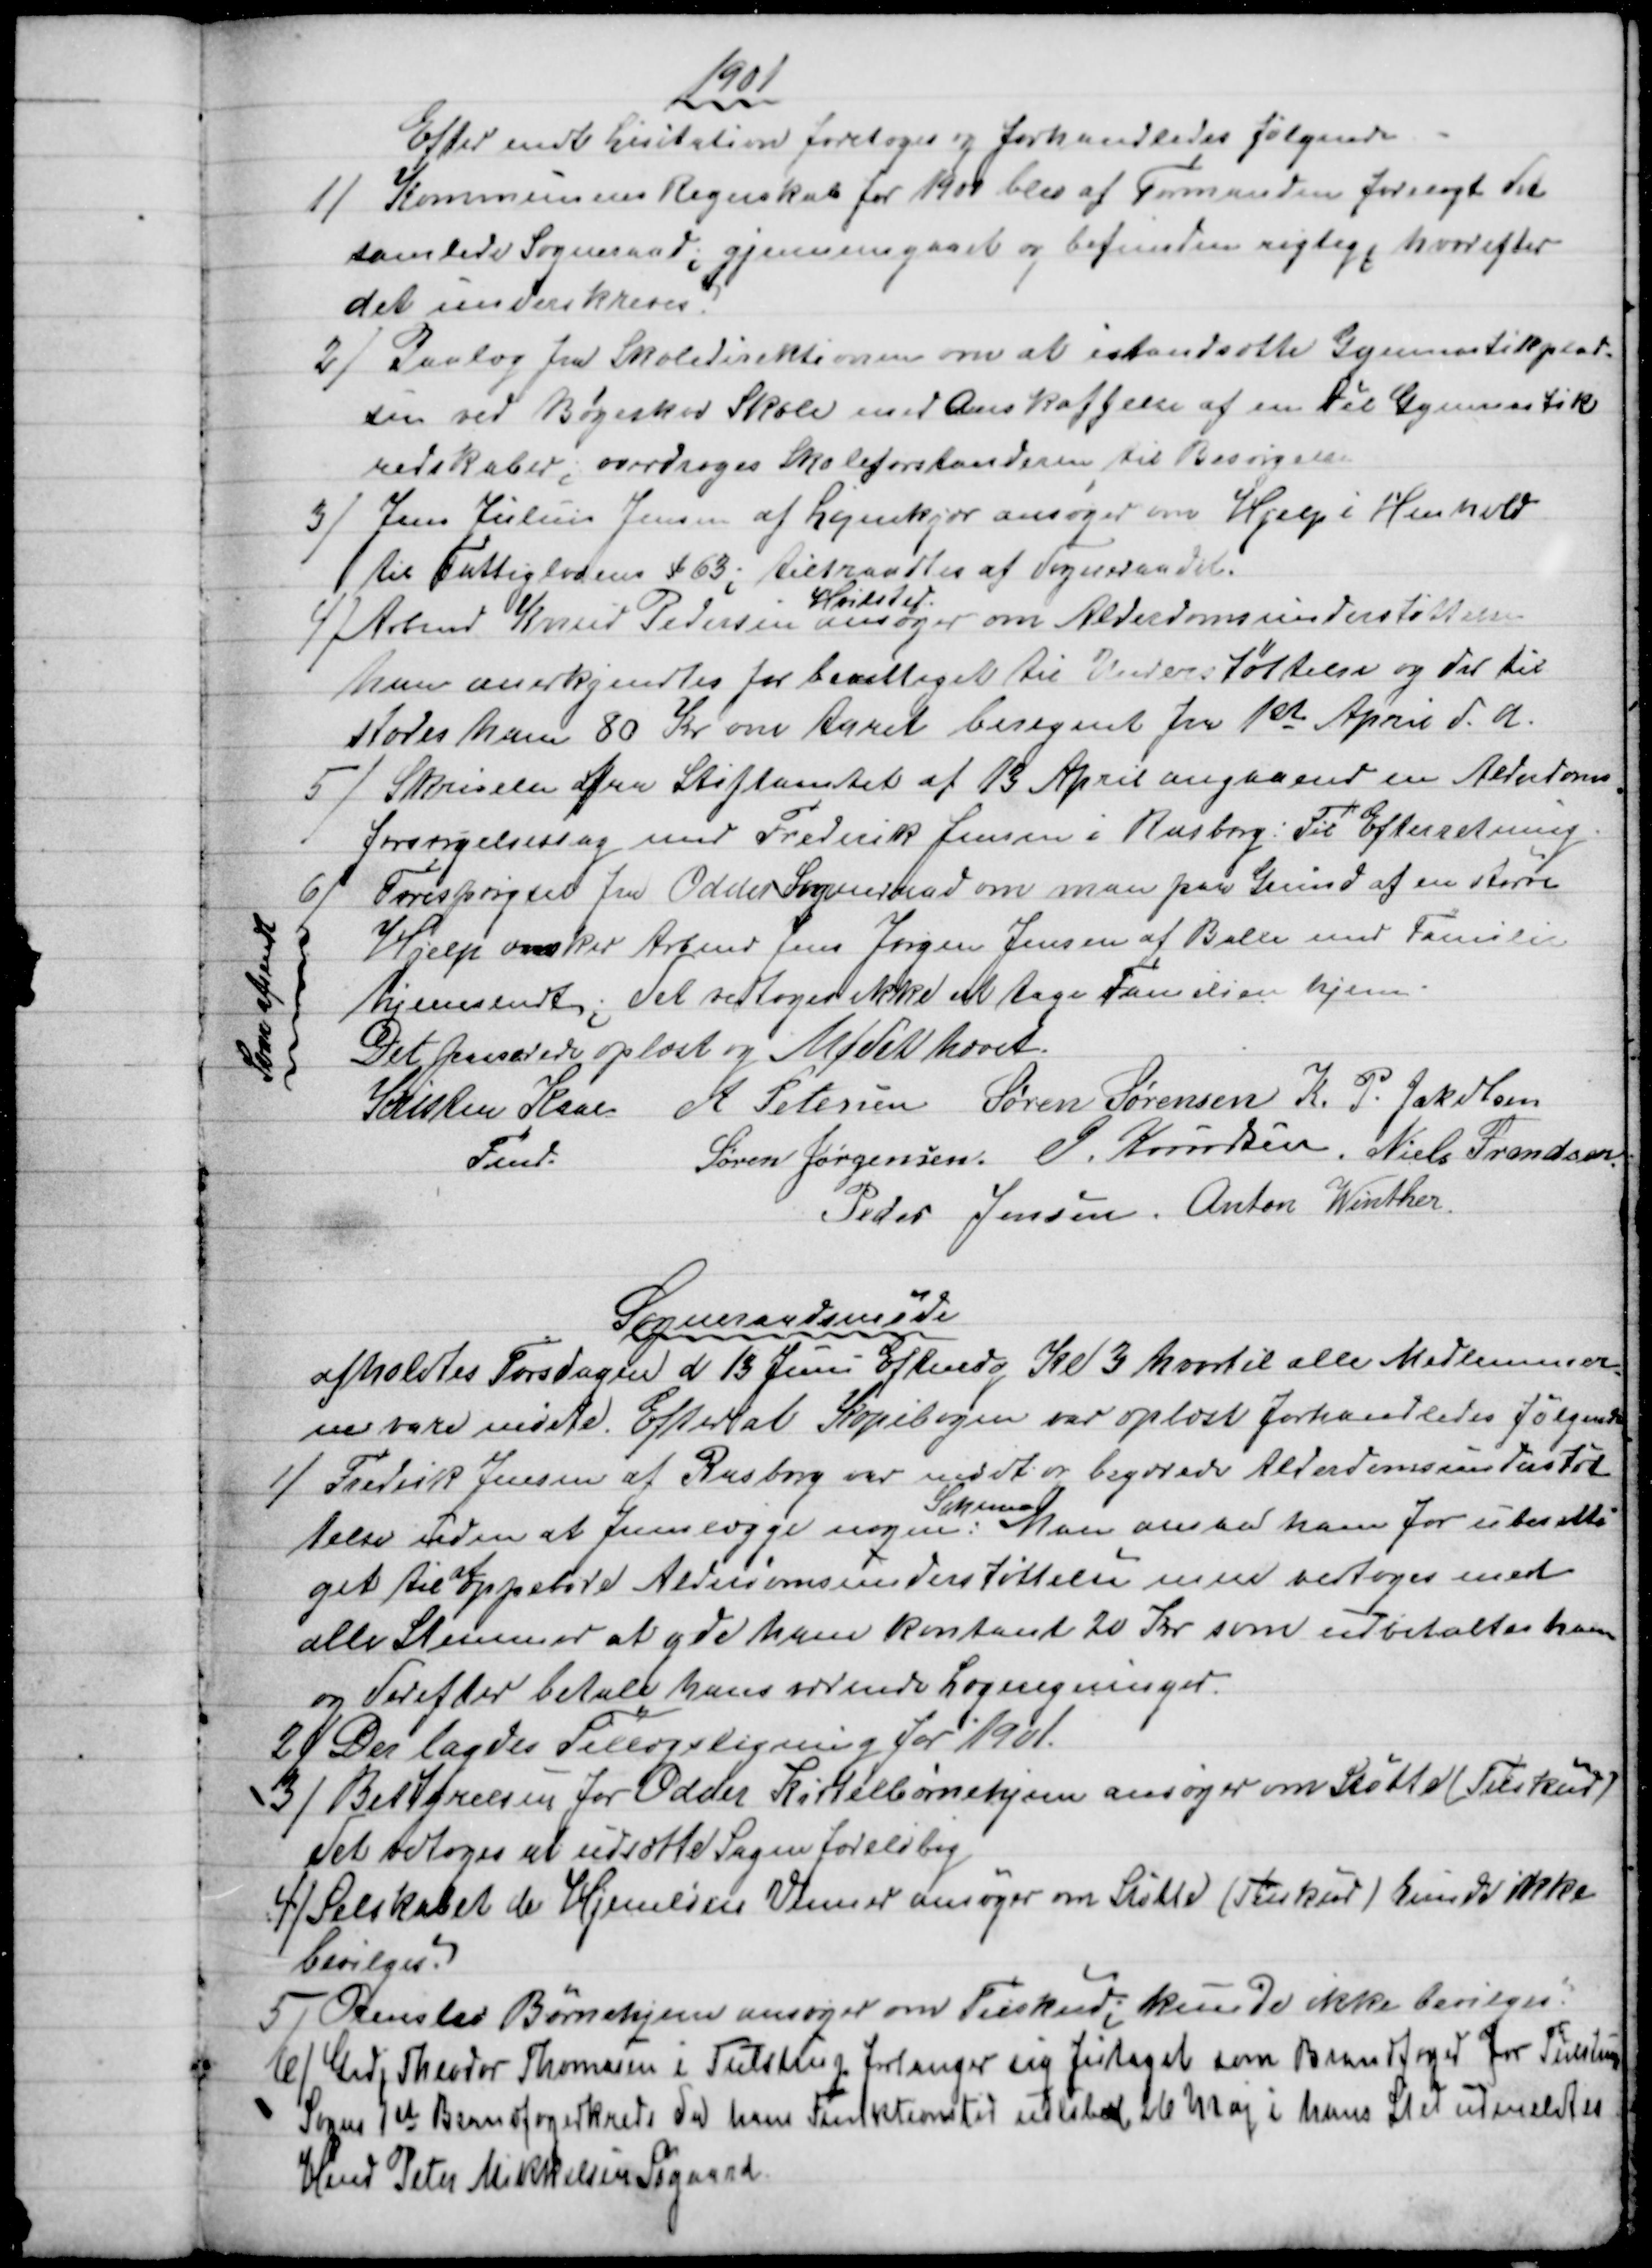
Transskription:
1901
Efter endt Licitation foretoges og forhandledes følgende
1) 
Kommunens Regnskab for 1900 blev af Formanden forelagt det
samlede Sogneraad; gjennemgaaet og befunden rigtig, hvorefter
det underskreves.
2) 
Paalæg fra Skoledirektionen om at istandsætte Gymnastikplad-
sen ved Bøgeskov Skole med Anskaffelse af en Dél Gymnastik
redskaber; overdroges Skoleforstanderen til Besørgelse
3) 
Jens Julius Jensen af Løjenkjør ansøger om Hjelp i Henhold
til Fattiglodens § 63; tiltraadtes af Sogneraadet.
4) Arbmd Knud Pedersen 
Hvilsted
ansøger om Alderdomsunderstøttelse
han anerkjendtes for berettiget til Understøttelse og der til
stodes ham 80 Kr om Aaret beregnet fra 1st  April d. A.
5)  
 Skrivelse fra Stiftamtet af 13 April angaaende en Alderdoms
=
forsørgelsessag med Frederik Jensen i Rasborg. Til Efterretning.
6) 
Forespørgsel fra Odder Sogneraad om man paa Grund af en større
Hjelp ønsker Arbmd Jens Jørgen Jensen af Balle med Familie
hjemsendt; Det vedtoges ikke at tage Familien hjem.
Svar afsendt
Det passerede oplæst og Mødet hævet.
Kristen Kaae
Fmd.
A Petersen Søren Sørensen K. P. Jakobsen
Søren Jørgensen. J. Knudsen, Niels Frandsen
Peder Jensen. Anton Winther
Sogneraadsmøde
afholdtes Torsdagen d 13 Juni Eftmdg Kl 3 hvortil alle Medlemmer
=
ne vare mødte. Efter at Kopibogen var oplæst forhandledes følgende
1)
Frederik Jensen af Rasborg var mødt og begærede Alderdomsunderstøt
telse uden at fremlægge nogen :
Schema
Man ansaa ham for uberetti-
get til 
at
oppebære Alderdomsunderstøttelsen men vedtoges med
alle Stemmer at yde ham kontant 20 Kr som udbetaltes ham
og derefter betale hans værende Lægeregninger.
2)
Der lagdes Tillægsligning for 1901.
3)
Bestyrelsen for Odder Kirtelbørnehjem ansøger om Støtte (Tilskud)
Det vedtoges at udsætte Sagen foreløbig
4) Selskabet de Hjemløses Venner ansøger om Støtte (Tilskud ) kunde ikke
bevilges.
5)
Ormslev Børnehjem ansøger om Tilskud; kunde ikke bevilges.
6) 
Grdj Theodor Thomasen i Tulstrup forlanger sig fritaget som Brandfoged for Tulstrup
Sogns 1st Brandfogedkreds da hans Funktionstid udløber 26 Maj i hans Sted udmeldtes
Hmd Peter Mikkelsen Søgaard.